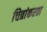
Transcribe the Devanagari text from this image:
चित्रांकरता